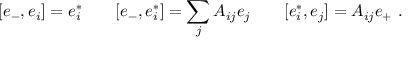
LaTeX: [ e _ { - } , e _ { i } ] = e _ { i } ^ { * } \qquad [ e _ { - } , e _ { i } ^ { * } ] = \sum _ { j } A _ { i j } e _ { j } \qquad [ e _ { i } ^ { * } , e _ { j } ] = A _ { i j } e _ { + } ~ .